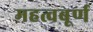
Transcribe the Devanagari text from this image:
महत्वबूर्ण